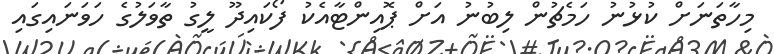
މިހާތަނަށް ކުޅުނު ހަމެޗުން ލިބުނު އަށް ޕޮއިންޓާއެކު ފޯކައިދޫ ލީގު ތާވަލުގެ ހަވަނައިގައިި